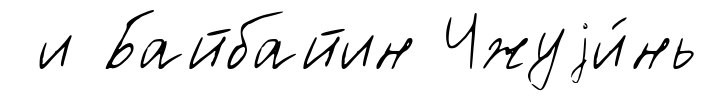
и Байбайин Чжуjи́нь